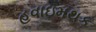
હવાઇમથક